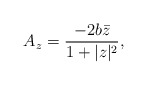
\begin{align*}A_z = \frac{-2b \bar{z}}{1 + |z|^2},\end{align*}